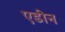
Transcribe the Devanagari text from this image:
एडीन